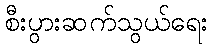
စီးပွားဆက်သွယ်ရေး